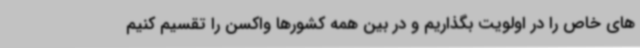
های خاص را در اولویت بگذاریم و در بین همه کشورها واکسن را تقسیم کنیم